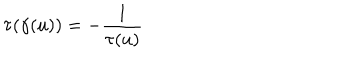
LaTeX: \tau ( \gamma ( u ) ) = - \frac { 1 } { \tau ( u ) }